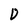
Character: D